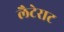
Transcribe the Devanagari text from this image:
लैटेराट